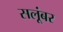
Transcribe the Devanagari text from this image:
सलूंबर